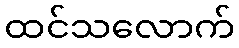
ထင်သလောက်